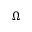
\Omega